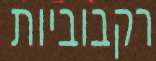
רקבוביות